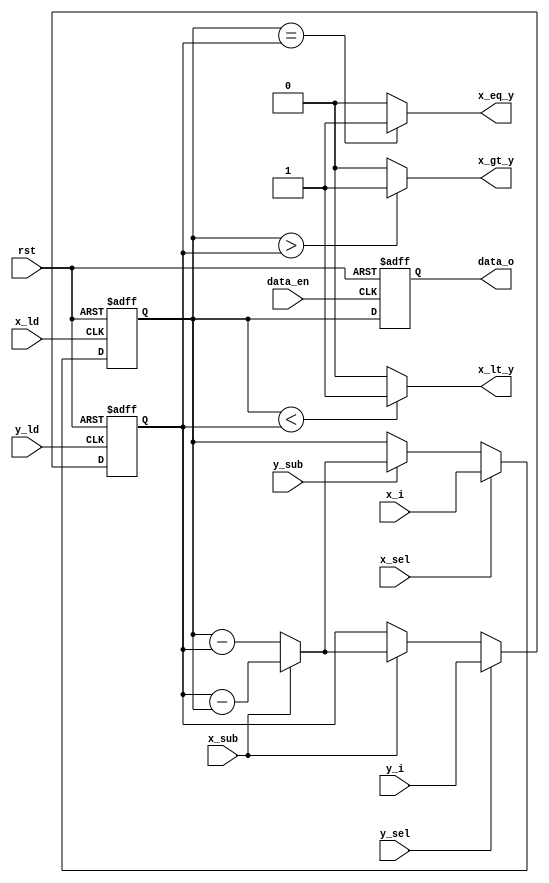
module dataPath#(
    parameter size=8
)(
    input rst,
    input [size-1:0]x_i,
    input [size-1:0]y_i,
    input x_sel,y_sel,
    input x_ld,y_ld,
    input x_sub,y_sub,data_en,
    output x_gt_y,x_lt_y,x_eq_y,
    output [size-1:0]data_o

);
wire [size-1:0]mux_x,mux_y;
wire [size-1:0]sub;
reg [size-1:0]reg_x,reg_y,reg_o;


//register  for  x input
always @(posedge x_ld or posedge rst) begin 
   if(rst) reg_x <= {size{1'b0}};
   else reg_x <= mux_x;
end

//register fot y input
always @(posedge y_ld or posedge rst) begin 
   if(rst) reg_y <= {size{1'b0}};
   else reg_y <= mux_y;
end

//register for output
always @(posedge data_en or posedge rst) begin 
   if(rst) reg_o <= {size{1'b0}};
   else reg_o <= reg_x;
end

//muxx and mux y
assign mux_x = (x_sel==1)? x_i:
               (y_sub==1)? sub:reg_x;


assign mux_y = (y_sel==1)? y_i:
               (x_sub==1)? sub:reg_y;

//subtracktor combinational circuit
assign sub   = (x_sub==1)?reg_y-reg_x:
               (y_sub==1)?reg_x-reg_y:0;

// 
assign x_gt_y  =(reg_x>reg_y)?1:0;
assign x_lt_y  =(reg_x<reg_y)?1:0;
assign x_eq_y  =(reg_x==reg_y)?1:0;
assign data_o = reg_o;



endmodule